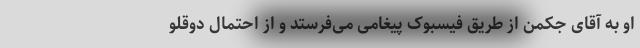
او به آقای جکمن از طریق فیسبوک پیغامی می‌فرستد و از احتمال دوقلو